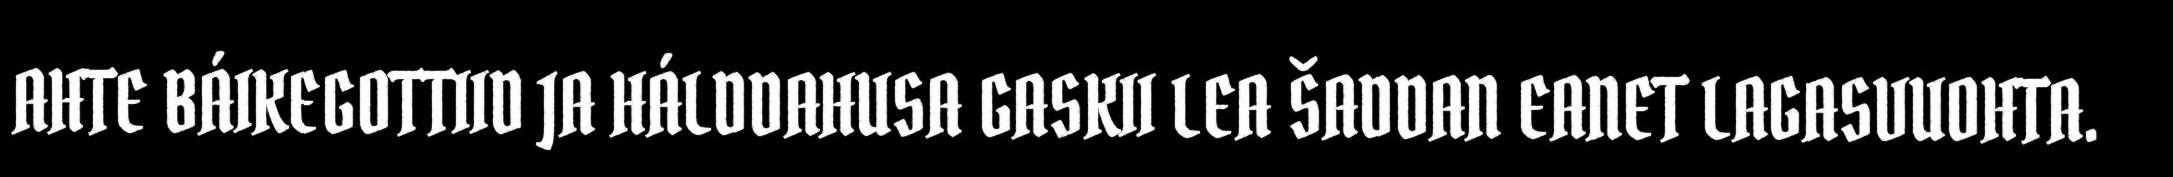
AHTE BÁIKEGOTTIID JA HÁLDDAHUSA GASKII LEA ŠADDAN EANET LAGASVUOHTA.